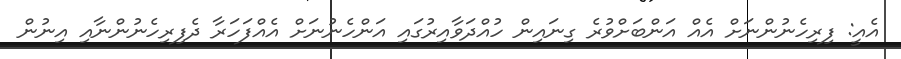
އެއީ: ފިރިހެނުންނަށް އެއް އަންބަށްވުރެ ގިނައިން ހުއްދަވާއިރުގައި އަންހެނުނަށް އެއްފަހަރާ ދެފިރިހެނުންނާއި އިނުން